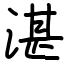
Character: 湛